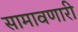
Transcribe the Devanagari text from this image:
सामावणारी